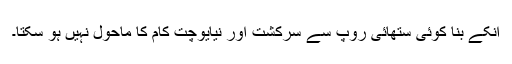
انکے بنا کوئی ستھائی روپ سے سرکشت اور نیایوچت کام کا ماحول نہیں ہو سکتا۔